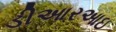
ડીઆરઆઇ